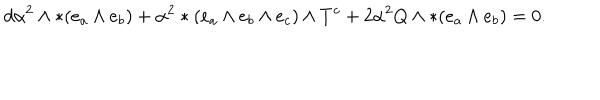
LaTeX: d \alpha ^ { 2 } \wedge * ( e _ { a } \wedge e _ { b } ) + \alpha ^ { 2 } * ( e _ { a } \wedge e _ { b } \wedge e _ { c } ) \wedge T ^ { c } + 2 \alpha ^ { 2 } Q \wedge * ( e _ { a } \wedge e _ { b } ) = 0 .